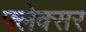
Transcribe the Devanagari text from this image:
फ्लेक्सर